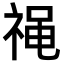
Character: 𫀓